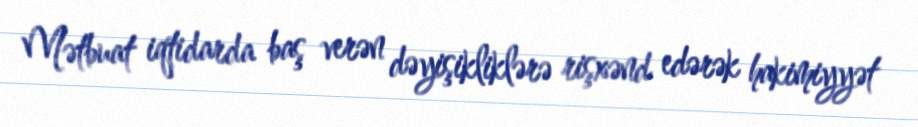
Mətbuat iqtidarda baş verən dəyişikliklərə rişxənd edərək hakimiyyət